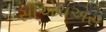
સીએચએસ